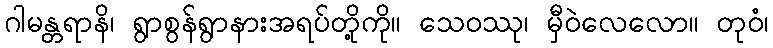
ဂါမန္တရာနိ၊ ရွာစွန်ရွာနားအရပ်တို့ကို။ သေဝဿု၊ မှီဝဲလေလော။ တုဝံ၊